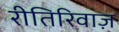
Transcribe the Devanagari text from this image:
रीतिरिवाज़